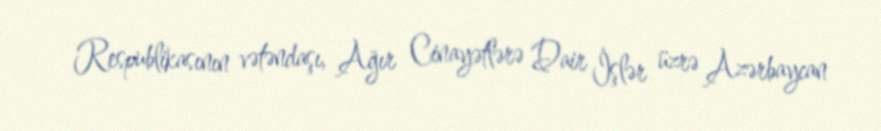
Respublikasının vətəndaşı, Ağır Cinayətlərə Dair İşlər üzrə Azərbaycan